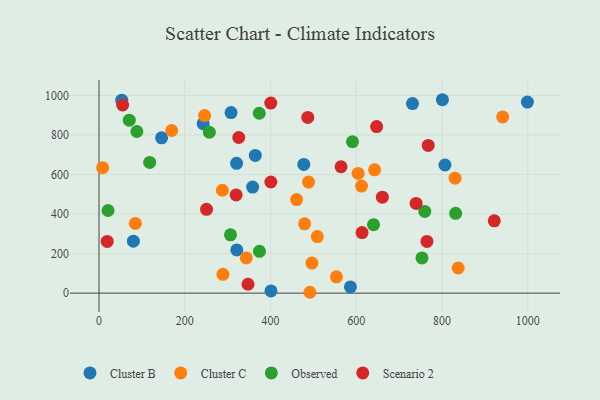
{"axis": {"x": "Engine Size", "y": "Fuel Efficiency"}, "legend": ["Cluster B", "Cluster C", "Observed", "Scenario 2"], "data": [{"x": "400.9", "y": 11.3, "type": "Cluster B"}, {"x": "53.0", "y": 975.9, "type": "Cluster B"}, {"x": "320.8", "y": 656.6, "type": "Cluster B"}, {"x": "998.9", "y": 966.2, "type": "Cluster B"}, {"x": "321.3", "y": 218.3, "type": "Cluster B"}, {"x": "358.2", "y": 536.4, "type": "Cluster B"}, {"x": "364.4", "y": 696.6, "type": "Cluster B"}, {"x": "242.9", "y": 856.9, "type": "Cluster B"}, {"x": "806.7", "y": 648.1, "type": "Cluster B"}, {"x": "586.3", "y": 31.2, "type": "Cluster B"}, {"x": "731.0", "y": 958.6, "type": "Cluster B"}, {"x": "145.9", "y": 785.7, "type": "Cluster B"}, {"x": "80.1", "y": 262.7, "type": "Cluster B"}, {"x": "307.9", "y": 913.2, "type": "Cluster B"}, {"x": "800.8", "y": 978.3, "type": "Cluster B"}, {"x": "477.5", "y": 650.8, "type": "Cluster B"}, {"x": "343.4", "y": 178.1, "type": "Cluster C"}, {"x": "479.4", "y": 350.4, "type": "Cluster C"}, {"x": "488.6", "y": 561.6, "type": "Cluster C"}, {"x": "491.8", "y": 4.3, "type": "Cluster C"}, {"x": "837.6", "y": 127.2, "type": "Cluster C"}, {"x": "169.5", "y": 822.7, "type": "Cluster C"}, {"x": "8.4", "y": 634.3, "type": "Cluster C"}, {"x": "287.6", "y": 520.5, "type": "Cluster C"}, {"x": "553.6", "y": 82.6, "type": "Cluster C"}, {"x": "509.1", "y": 286.0, "type": "Cluster C"}, {"x": "460.7", "y": 473.1, "type": "Cluster C"}, {"x": "246.2", "y": 898.3, "type": "Cluster C"}, {"x": "604.2", "y": 605.5, "type": "Cluster C"}, {"x": "289.0", "y": 95.0, "type": "Cluster C"}, {"x": "84.7", "y": 352.7, "type": "Cluster C"}, {"x": "642.7", "y": 623.8, "type": "Cluster C"}, {"x": "941.3", "y": 891.1, "type": "Cluster C"}, {"x": "496.4", "y": 151.8, "type": "Cluster C"}, {"x": "830.3", "y": 581.4, "type": "Cluster C"}, {"x": "612.2", "y": 541.5, "type": "Cluster C"}, {"x": "753.1", "y": 178.2, "type": "Observed"}, {"x": "591.1", "y": 765.7, "type": "Observed"}, {"x": "374.1", "y": 211.6, "type": "Observed"}, {"x": "306.6", "y": 294.9, "type": "Observed"}, {"x": "70.5", "y": 874.9, "type": "Observed"}, {"x": "257.3", "y": 813.7, "type": "Observed"}, {"x": "118.1", "y": 661.3, "type": "Observed"}, {"x": "88.3", "y": 817.6, "type": "Observed"}, {"x": "640.1", "y": 346.4, "type": "Observed"}, {"x": "831.6", "y": 403.6, "type": "Observed"}, {"x": "373.7", "y": 909.8, "type": "Observed"}, {"x": "21.1", "y": 418.0, "type": "Observed"}, {"x": "759.6", "y": 413.5, "type": "Observed"}, {"x": "767.7", "y": 747.1, "type": "Scenario 2"}, {"x": "319.7", "y": 496.5, "type": "Scenario 2"}, {"x": "250.7", "y": 423.8, "type": "Scenario 2"}, {"x": "613.4", "y": 306.2, "type": "Scenario 2"}, {"x": "647.4", "y": 842.3, "type": "Scenario 2"}, {"x": "55.0", "y": 951.5, "type": "Scenario 2"}, {"x": "347.4", "y": 45.0, "type": "Scenario 2"}, {"x": "486.8", "y": 888.7, "type": "Scenario 2"}, {"x": "764.7", "y": 261.5, "type": "Scenario 2"}, {"x": "400.5", "y": 961.4, "type": "Scenario 2"}, {"x": "19.1", "y": 261.4, "type": "Scenario 2"}, {"x": "739.4", "y": 453.6, "type": "Scenario 2"}, {"x": "400.7", "y": 562.0, "type": "Scenario 2"}, {"x": "921.7", "y": 365.8, "type": "Scenario 2"}, {"x": "564.4", "y": 639.3, "type": "Scenario 2"}, {"x": "660.7", "y": 485.4, "type": "Scenario 2"}, {"x": "325.9", "y": 787.2, "type": "Scenario 2"}]}